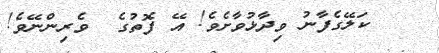
ކަލޭގެފާނު ވިދާޅުވާށެވެ! އޭ ފޮތުގެ  ވެރިންނޭވެ!